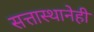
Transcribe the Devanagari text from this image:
सत्तास्थानेही